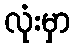
လုံးမှာ